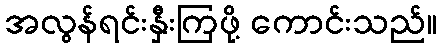
အလွန်ရင်းနှီးကြဖို့ ကောင်းသည်။